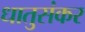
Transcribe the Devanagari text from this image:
धातुसंकर